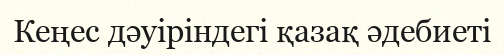
Кеңес дәуіріндегі қазақ әдебиеті